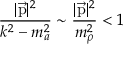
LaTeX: { \frac { \vert \vec { \mathrm { p } } \vert ^ { 2 } } { k ^ { 2 } - m _ { a } ^ { 2 } } } \sim { \frac { \vert \vec { \mathrm { p } } \vert ^ { 2 } } { m _ { \rho } ^ { 2 } } } < 1